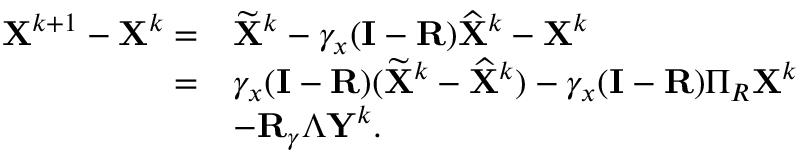
\begin{array} { r l } { { \mathbf { X } } ^ { k + 1 } - { \mathbf { X } } ^ { k } = } & { \widetilde { { \mathbf { X } } } ^ { k } - \gamma _ { x } ( { \mathbf { I } } - { \mathbf { R } } ) \widehat { { \mathbf { X } } } ^ { k } - { \mathbf { X } } ^ { k } } \\ { = } & { \gamma _ { x } ( { \mathbf { I } } - { \mathbf { R } } ) ( \widetilde { { \mathbf { X } } } ^ { k } - \widehat { { \mathbf { X } } } ^ { k } ) - \gamma _ { x } ( { \mathbf { I } } - { \mathbf { R } } ) \Pi _ { R } { \mathbf { X } } ^ { k } } \\ & { - { \mathbf { R } } _ { \gamma } \Lambda { \mathbf { Y } } ^ { k } . } \end{array}